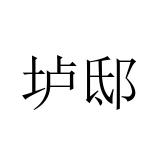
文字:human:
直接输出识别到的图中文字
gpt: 垆邸